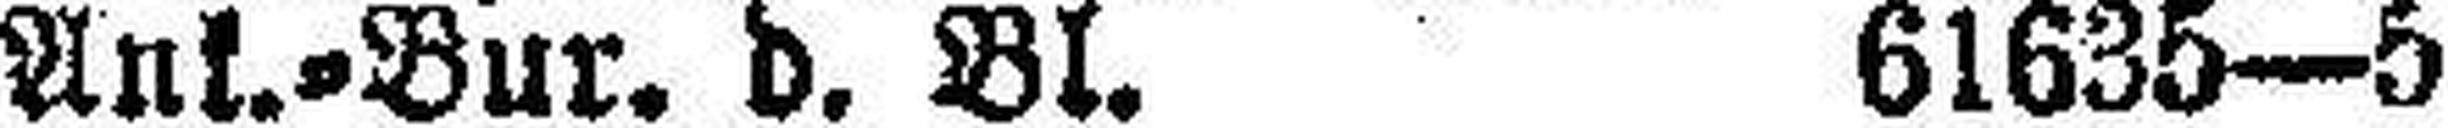
Ank.=Bur. d. Bl. 61635—5